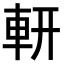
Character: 𨊻